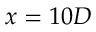
x = 1 0 D